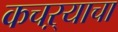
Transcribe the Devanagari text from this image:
कचऱ्याचा